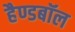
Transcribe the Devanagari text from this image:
हैण्डबॉल